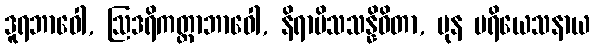
ဒူရဘာဝေါ, ဩဒရိကတ္တာဘာဝေါ, နိရာမိသသန္နိဓိတာ, ပုန ပရိယေသနာယ